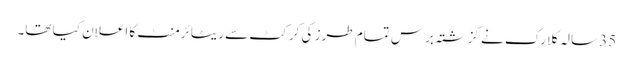
35 سالہ کلارک نے گزشتہ برس تمام طرز کی کرکٹ سے ریٹائرمنٹ کا اعلان کیا تھا۔